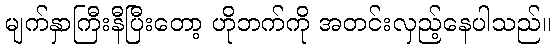
မျက်နှာကြီးနီပြီးတော့ ဟိုဘက်ကို အတင်းလှည့်နေပါသည်။